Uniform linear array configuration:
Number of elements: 48
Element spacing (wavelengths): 0.25
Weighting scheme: kaiser
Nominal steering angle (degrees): -30
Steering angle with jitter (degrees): -30.648
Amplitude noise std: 0.05
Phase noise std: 0.05

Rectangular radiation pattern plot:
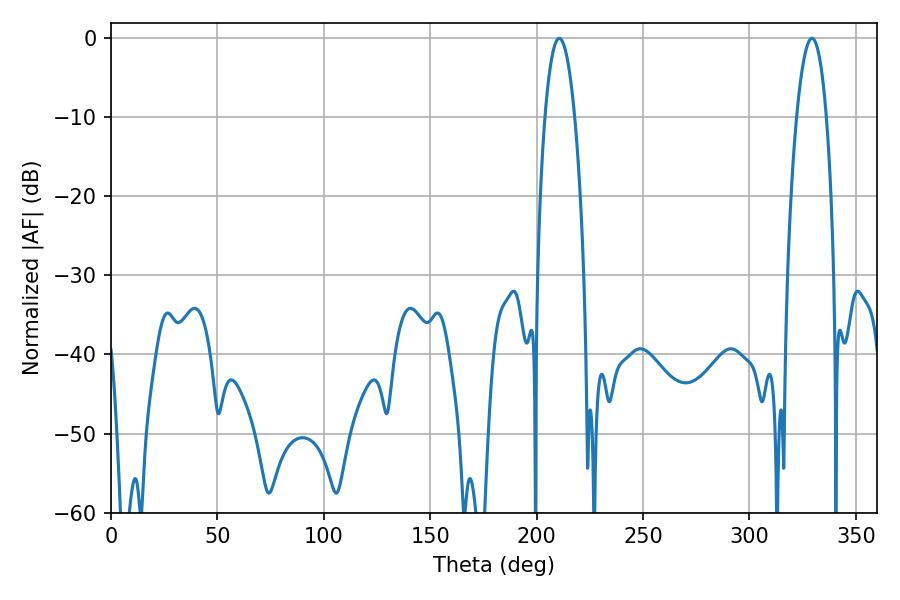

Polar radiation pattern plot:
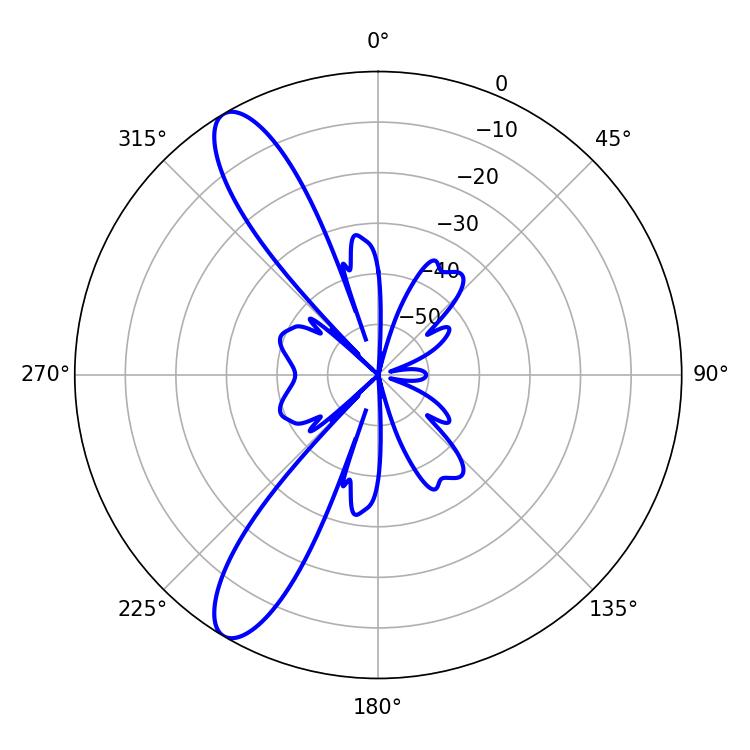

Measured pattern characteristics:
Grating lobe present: FALSE
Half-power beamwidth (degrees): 7.74
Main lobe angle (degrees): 210.6